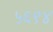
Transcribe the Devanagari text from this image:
५६९४